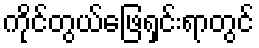
ကိုင်တွယ်ဖြေရှင်းရာတွင်